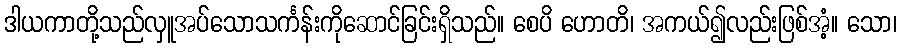
ဒါယကာတို့သည်လှူအပ်သောသင်္ကန်းကိုဆောင်ခြင်းရှိသည်။ စေပိ ဟောတိ၊ အကယ်၍လည်းဖြစ်အံ့။ သော၊